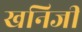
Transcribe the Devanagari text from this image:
खनिजी